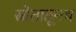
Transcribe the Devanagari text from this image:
स्रोतातूनच